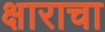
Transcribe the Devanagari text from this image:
क्षाराचा